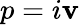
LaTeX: p=i\mathbf{v}